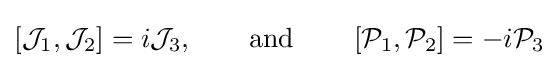
\left[{\mathcal {J}}_{1},{\mathcal {J}}_{2}\right]=i{\mathcal {J}}_{3},\qquad {\hbox{and}}\qquad \left[{\mathcal {P}}_{1},{\mathcal {P}}_{2}\right]=-i{\mathcal {P}}_{3}